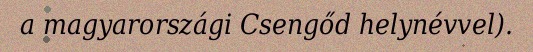
a magyarországi Csengőd helynévvel).